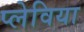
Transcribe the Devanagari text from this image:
प्लेविया